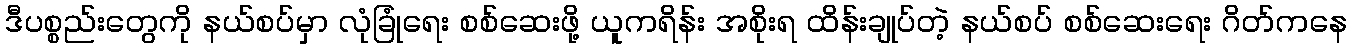
ဒီပစ္စည်းတွေကို နယ်စပ်မှာ လုံခြုံရေး စစ်ဆေးဖို့ ယူကရိန်း အစိုးရ ထိန်းချုပ်တဲ့ နယ်စပ် စစ်ဆေးရေး ဂိတ်ကနေ